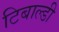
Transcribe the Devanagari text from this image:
टिबाल्डी